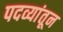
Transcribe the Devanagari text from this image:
पदव्यांतून